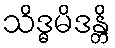
သိဒ္ဓမိဒန္တိ